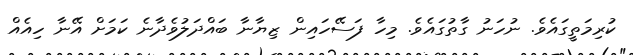
ކުރިމަތީގައެވެ. ނުހަނު ގާތުގައެވެ. މިހާ ފަސޭހައިން ޒިޔާނާ ބައްދަލުވެދާނެ ކަމަށް އޭނާ ހިއެއް